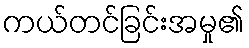
ကယ်တင်ခြင်းအမှု၏